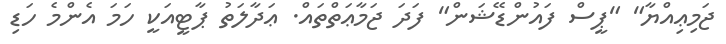
ޖަމިޢިއްޔާ" "ޕީސް ފައުންޑޭޝަން" ފަދަ ޖަމާޢަތްތައް. ޢަދާލަތު ޕާޓީއަކީ ހަމަ އެންމެ ހަޑި